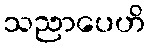
သညာပေဟိ